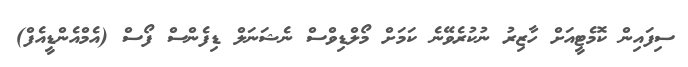
ސިފައިން ކޮމެޓީއަށް ހާޒިރު ނުކުރެވޭނެ ކަމަށް މޯލްޑިވްސް ނެޝަނަލް ޑިފެންސް ފޯސް (އެމްއެންޑީއެފް)